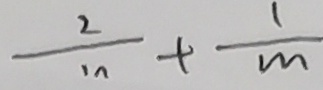
\frac { 2 } { m } + \frac { 1 } { m }